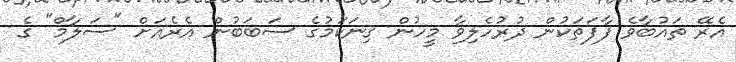
އެރޭ ތައުބާވެ ފާފަތަކުން ދުރުހެލިވާ މީހުން ގިނަކަމުގެ ސަބަބުން އެރެއަށް "ސަލާމް" ގެ